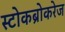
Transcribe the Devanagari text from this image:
स्टोकब्रोकरेज